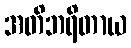
အတိဘရိတာယ